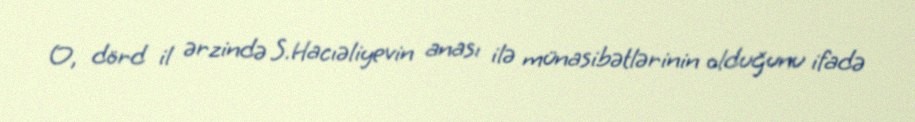
O, dörd il ərzində S.Hacıəliyevin anası ilə münasibətlərinin olduğunu ifadə